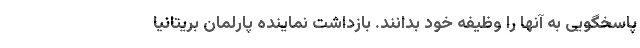
پاسخگویی به آنها را وظیفه خود بدانند. بازداشت نماینده پارلمان بریتانیا